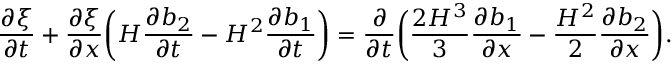
\frac { \partial \xi } { \partial t } + \frac { \partial \xi } { \partial x } \bigg ( H \frac { \partial b _ { 2 } } { \partial t } - H ^ { 2 } \frac { \partial b _ { 1 } } { \partial t } \bigg ) = \frac { \partial } { \partial t } \bigg ( \frac { 2 H ^ { 3 } } { 3 } \frac { \partial b _ { 1 } } { \partial x } - \frac { H ^ { 2 } } { 2 } \frac { \partial b _ { 2 } } { \partial x } \bigg ) .